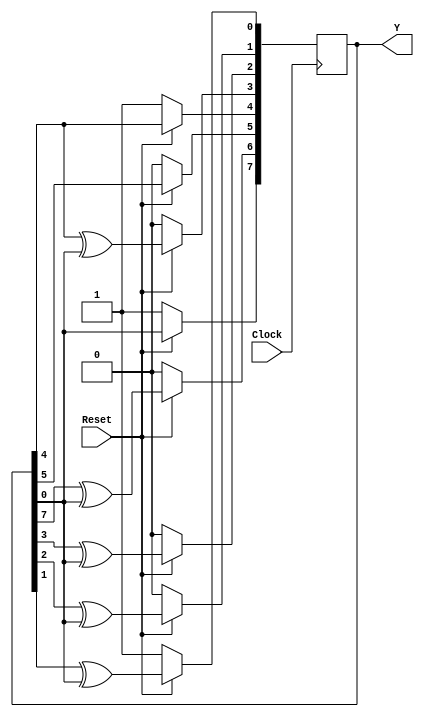
/****************************************************************************************

	File name    : 
	LastEditors  : H
	LastEditTime : 2021-10-07 13:36:23
	Last Version : 1.0
	Description  : 
	
	----------------------------------------------------------------------------------------
	
	Author       : H
	Date         : 2021-10-07 13:36:21
	FilePath     : \Verilog\Auto_LFSR_ALGO.v
	Copyright 2021 H, All Rights Reserved. 

****************************************************************************************/
// See in page 108
module Auto_LFSR_ALGO #(
    parameter Length = 8,initial_state = 8'b1001_0001,
    parameter [1:Length] Tap_Coefficient= 8'b1111_0011
) (
    input                   Clock,Reset,
    output  reg [1:Length]  Y
);
    integer Cell_ptr;

    always @(posedge Clock) begin
        if (!Reset) begin
            Y <= initial_state;
        end
        else begin
            // usually, if C(N-j+1)=1 then the input of j is Y[j-1]^Y[j]
            for (Cell_ptr = 2; Cell_ptr <= Length; Cell_ptr = Cell_ptr + 1) begin
                if (Tap_Coefficient[Length - Cell_ptr + 1]) begin
                    Y[Cell_ptr] <= Y[Cell_ptr - 1] ^ Y[Length];
                end
                else
                    Y[Cell_ptr] <= Y[Cell_ptr];
                Y[1] <= Y[Length];
            end
        end
    end
    // there are 3 keyword of loop stucture:
        // while, repeat, forever, for
        
endmodule